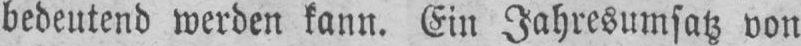
bedeutend werden kann. Ein Jahresumsatz von